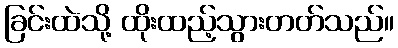
ခြင်းထဲသို့ ထိုးထည့်သွားတတ်သည်။